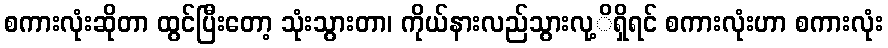
စကားလုံးဆိုတာ ထွင်ပြီးတော့ သုံးသွားတာ၊ ကိုယ်နားလည်သွားလု့ိရှိရင် စကားလုံးဟာ စကားလုံး